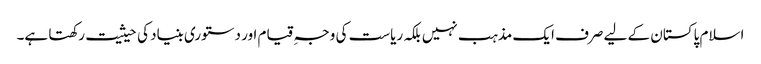
اسلام پاکستان کے لیے صرف ایک مذہب نہیں بلکہ ریاست کی وجہِ قیام اور دستوری بنیاد کی حیثیت رکھتا ہے۔